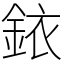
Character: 銥